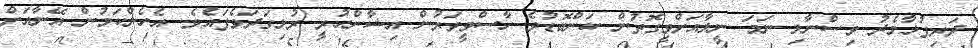
ދަރިފުޅާމެދު ވިސްނާލި ނަމަ ނީލާއަށްވީގޮތުން ކަންބޮޑުވެ ހާސްވީވަރުން އިޝާންހުރީ ރުޅިގަދަވެފައެވެ. އެހެންކަމުން އޭނާއަށް